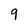
Character: 9